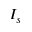
I _ { s }